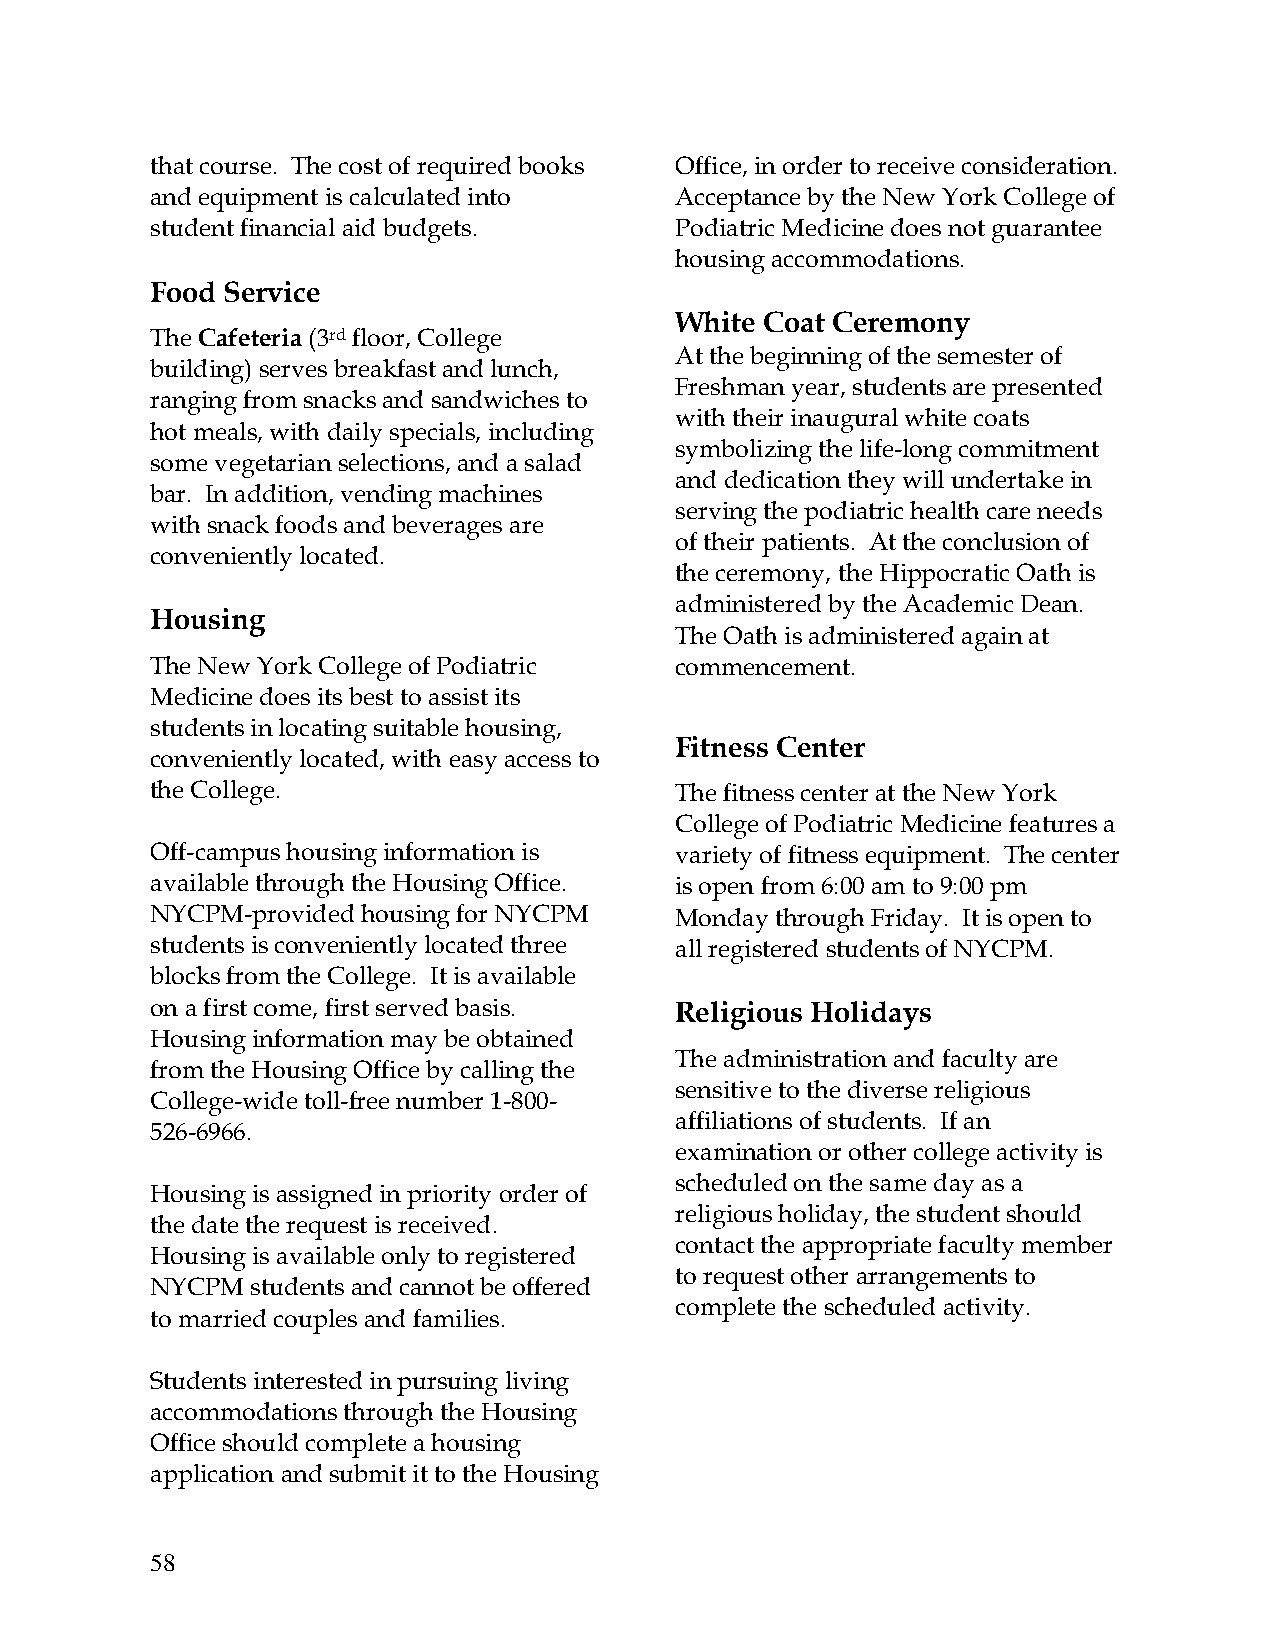
that course. The cost of required books Office, in order to receive consideration.
 and equipment is calculated into   Acceptance by the New York College of
 student financial aid budgets.     Podiatric Medicine does not guarantee
 housing accommodations.
 Food Service
 White Coat Ceremony
 The Cafeteria (3rd floor, College
 At the beginning of the semester of
 building) serves breakfast and lunch,
 Freshman year, students are presented
 ranging from snacks and sandwiches to
 with their inaugural white coats
 hot meals, with daily specials, including
 symbolizing the life-long commitment
 some vegetarian selections, and a salad
 and dedication they will undertake in
 bar. In addition, vending machines
 serving the podiatric health care needs
 with snack foods and beverages are
 of their patients. At the conclusion of
 conveniently located.
 the ceremony, the Hippocratic Oath is
 administered by the Academic Dean.
 Housing
 The Oath is administered again at
 The New York College of Podiatric  commencement.
 Medicine does its best to assist its
 students in locating suitable housing,
 Fitness Center
 conveniently located, with easy access to
 the College.                       The fitness center at the New York
 College of Podiatric Medicine features a
 Off-campus housing information is  variety of fitness equipment. The center
 available through the Housing Office. is open from 6:00 am to 9:00 pm
 NYCPM-provided housing for NYCPM   Monday through Friday. It is open to
 students is conveniently located three all registered students of NYCPM.
 blocks from the College. It is available
 on a first come, first served basis. Religious Holidays
 Housing information may be obtained
 The administration and faculty are
 from the Housing Office by calling the
 sensitive to the diverse religious
 College-wide toll-free number 1-800-
 affiliations of students. If an
 526-6966.
 examination or other college activity is
 scheduled on the same day as a
 Housing is assigned in priority order of
 religious holiday, the student should
 the date the request is received.
 contact the appropriate faculty member
 Housing is available only to registered
 to request other arrangements to
 NYCPM  students and cannot be offered
 complete the scheduled activity.
 to married couples and families.
 Students interested in pursuing living
 accommodations through the Housing
 Office should complete a housing
 application and submit it to the Housing
 58